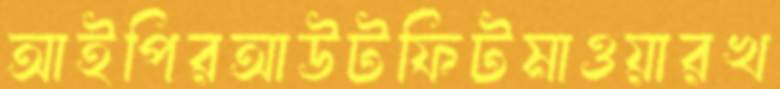
আইপিরআউটফিটমাওয়ারখ